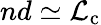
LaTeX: nd\simeq\mathcal{L}_{\mathrm{{c}}}